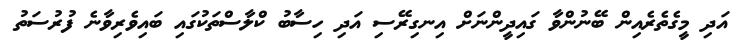
އަދި މީގެތެރެއިން ބޭނުންވާ ގައިދީންނަށް އިނގިރޭސި އަދި ހިސާބު ކްލާސްތަކުގައި ބައިވެރިވާނެ ފުރުސަތު